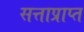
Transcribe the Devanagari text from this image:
सत्ताप्राप्त